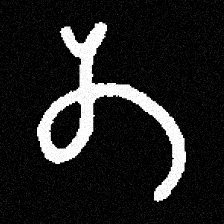
Pyu character \u2014 Myanmar letter: တ (romanized: ta)